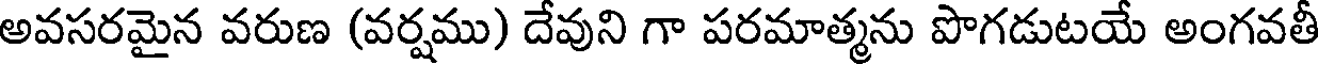
అవసరమైన వరుణ (వర్షము) దేవుని గా పరమాత్మను పొగడుటయే అంగవతీ